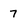
Character: 7